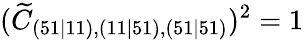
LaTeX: (\widetilde{C}_{(51\mid 11),(11\mid 51),(51\mid 51)})^{2}=1